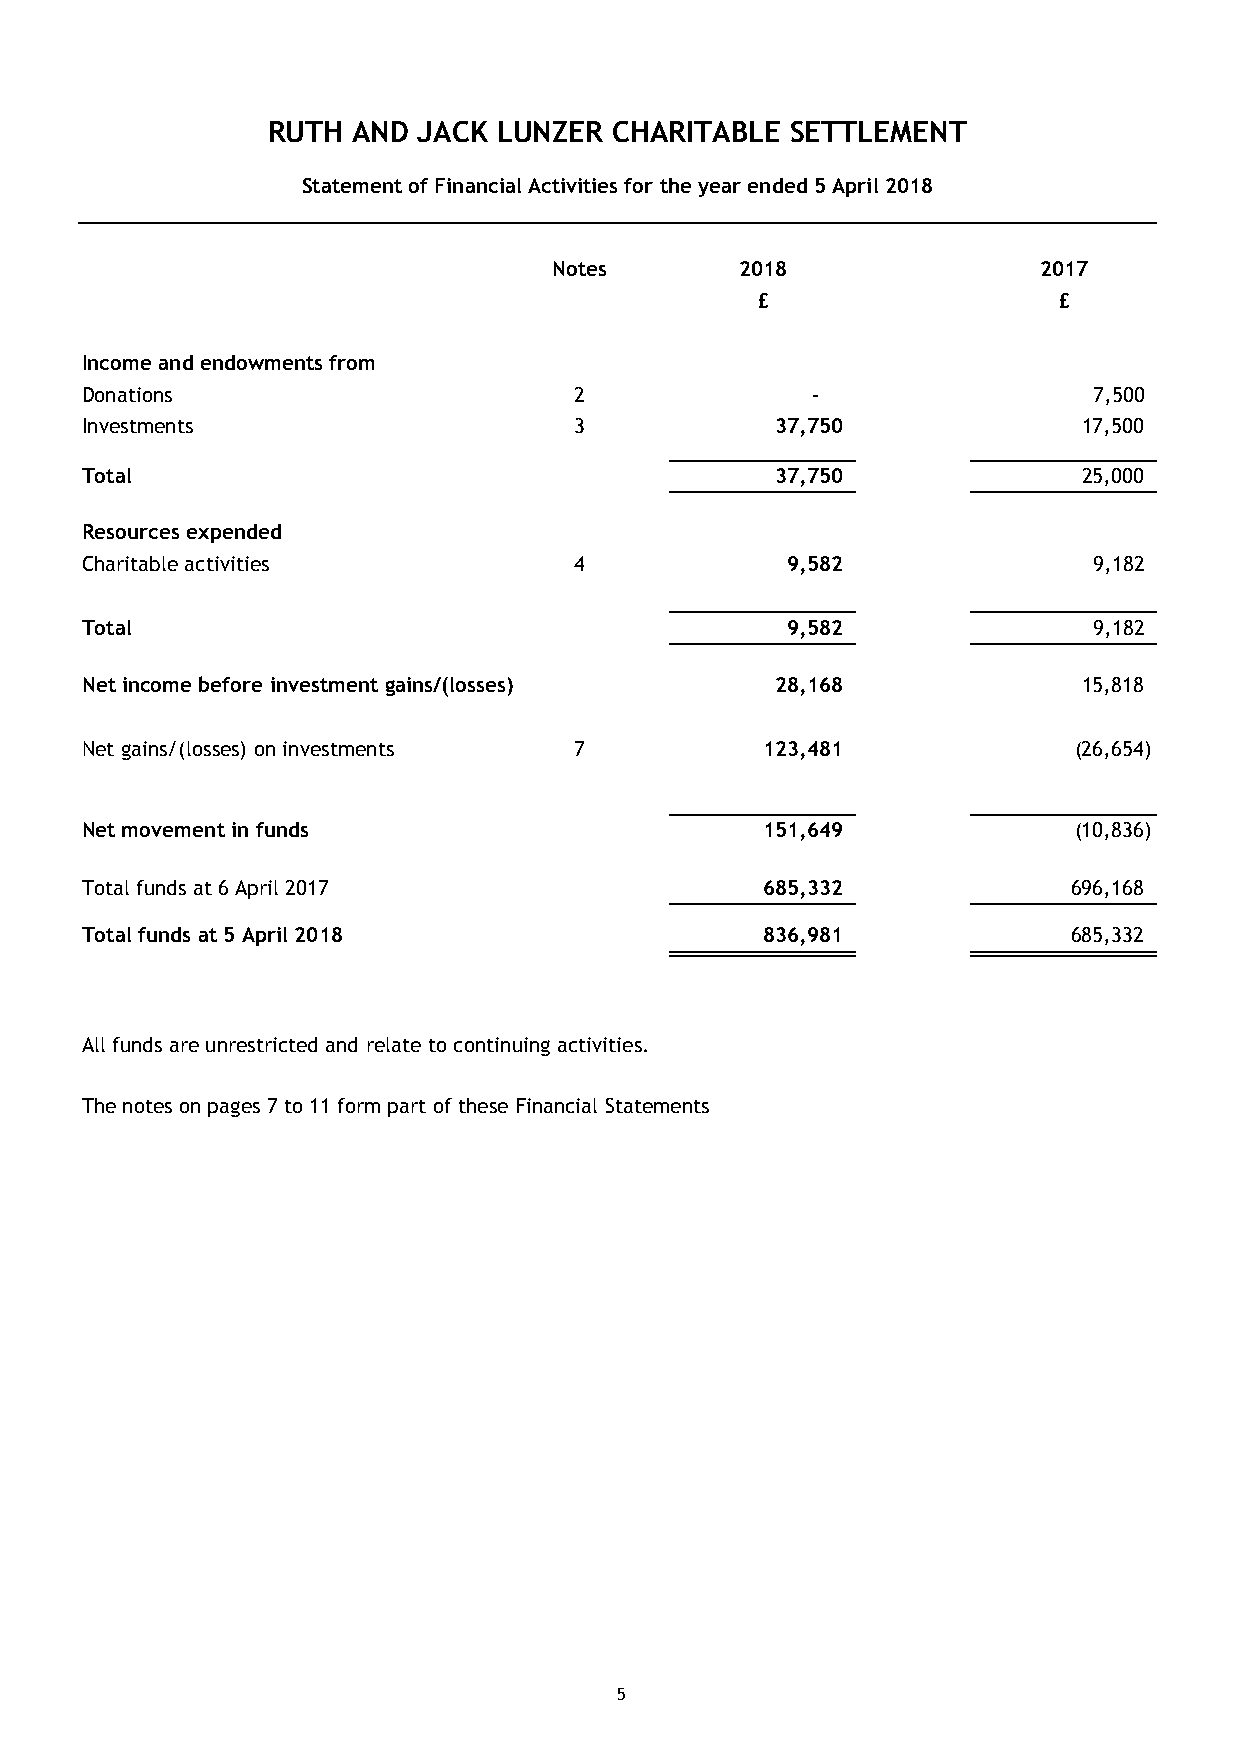
RUTH AND  JACK LUNZER  CHARITABLE SETTLEMENT
 Statement of Financial Activities for the year ended 5 April 2018
 Notes       2018                2017
 £                   £
 Income and endowments from
 Donations                        2               -                 7,500
 Investments                      3            3 7,750              17,500
 Total                                         3 7,750              25,000
 Resources expended
 Charitable activities            4             9 ,582              9,182
 Total                                          9 ,582              9,182
 Net income before investment gains/(losses)   2 8,168              15,818
 Net gains/(losses) on investments 7          123,481              (26,654)
 Net movement in funds                        151,649              (10,836)
 Total funds at 6 April 2017                  685,332              696,168
 Total funds at 5 April 2018                  8 36,981             685,332
 All funds are unrestricted and relate to continuing activities.
 The notes on pages 7 to 11 form part of these Financial Statements
 5